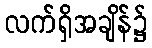
လက်ရှိအချိန်၌